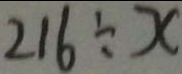
2 1 6 \div x